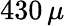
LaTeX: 430\, \mu